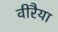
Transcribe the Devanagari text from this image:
वीरैया